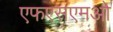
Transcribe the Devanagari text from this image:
एफएसएमओ